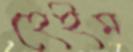
হেইম